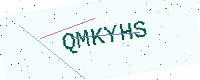
Text: QMKYHS